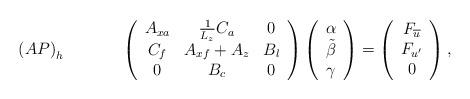
LaTeX: \begin{align*}\left(AP\right)_h~~~~~~~~~~\left(\begin{array}{ccc}A_{xa} & \frac{1}{L_z}C_a & 0 \\C_f & A_{xf}+A_z & B_l \\0 & B_c & 0\end{array}\right)\left(\begin{array}{c}\alpha \\\tilde{\beta} \\\gamma \end{array}\right)=\left(\begin{array}{c}F_{\overline{u}} \\F_{u^\prime} \\0\end{array}\right),\end{align*}